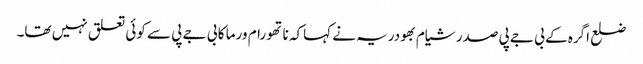
ضلع اگرہ کے بی جے پی صدر شیام بھودریہ نے کہاکہ ناتھو رام ورما کا بی جے پی سے کوئی تعلق نہیں تھا۔